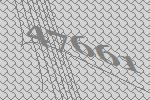
47661